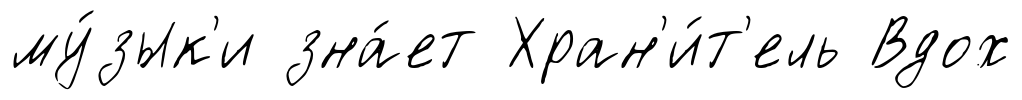
му́зык'и зна́ет Хран'и́т'ель Вдох